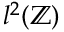
l ^ { 2 } ( \mathbb { Z } )